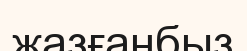
жазғанбыз